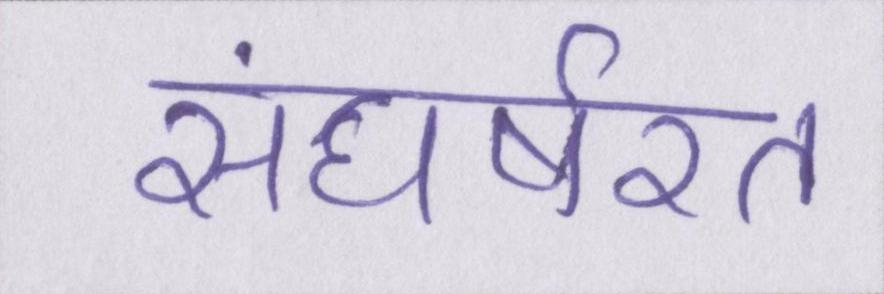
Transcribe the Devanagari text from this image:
संघर्षरत